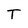
Character: T